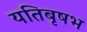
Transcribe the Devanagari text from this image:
यतिबृषभ